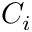
C _ { i }